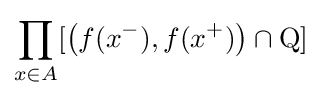
\prod _{x\in A}[{\bigl (}f(x^{-}),f(x^{+}){\bigr )}\cap \mathrm {Q} ]